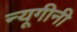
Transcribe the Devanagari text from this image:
न्यूगीनी